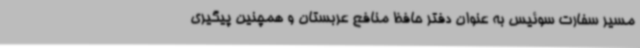
مسیر سفارت سوئیس به عنوان دفتر حافظ منافع عربستان و همچنین پیگیری